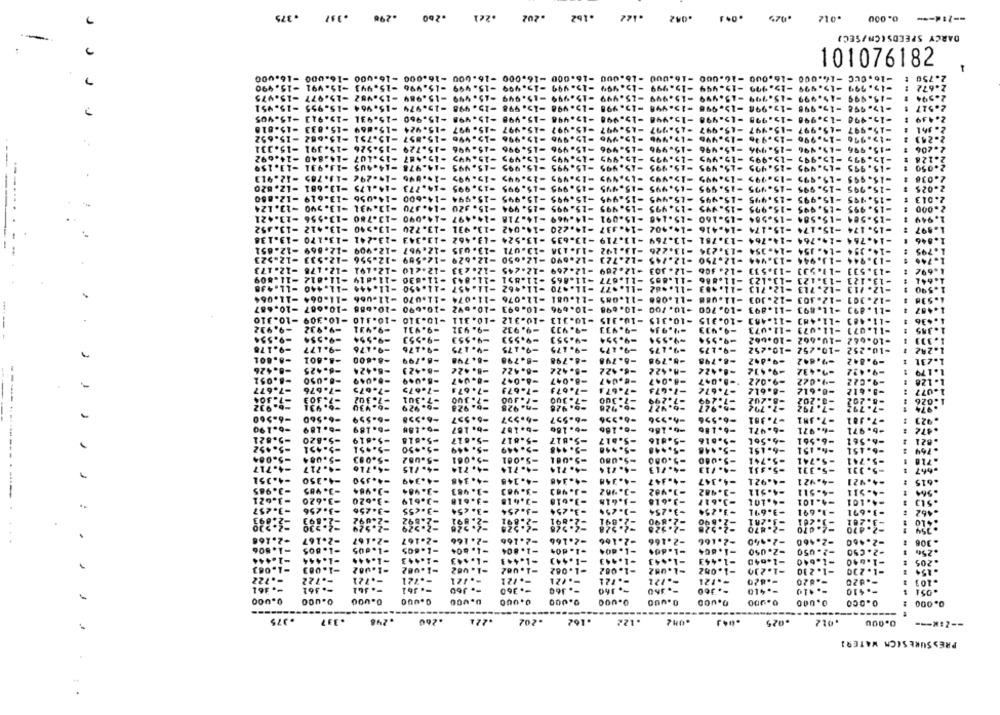
.375
-296
.260
.2e1
.202
.162
.042 .122
.044
.929
-- 2:4 -- 0.000 .012
DARCY SPEEDS(CH/SEC)
101076182
-16.000
16.4
16.000
.000
GOU
16.000
-16.0CC -16.000 -16.000
2.750
-15.490
-15.999 -15.999 -15.199
2.672
-15.975
-15.999 -15.999 -15.199
2.594
-15.951
-19.998 -19-998 -19.998
2.517 1
-15.905
960
19.990 -15.990 -15.978
2.439 :
-15.8
-15.997 -15.997 -15-997
1 -15.6
-15.976 -19.996 -15.996
2.243 1
-15.996 -15.996 -15.996
2.206
-19.975 -15.999 -15-99:
2.126 1
-15.495
-15.995 -15.995
2.050 :
-12.913
-19.292 -13.785
-19.995 -19.99>
-15.995 -15.495 -19.999
15.995 -19.995
-15.795
-15.995 -15.995
2.036
4.175 -13-681
-12. 820
273
995
-15.995 -1
-15 995 -15.995
-15.995
5. 995
-15.995
-15.995 -15.995 -1
-15.995 -15.995
2.025
4.056 -13-619 -12-880
4-600
1944
-15.995 -1
5.995
-15.995
.995
-15.995
-15.995
2.013
-13.124
14.370 -13.431 -13.590
. 120
995
-15.995
5.995 -15.995 -15.995 -15.995 -15.995 -15.995 -15.995 -15.994 -1
-15.995 -15.995
2.000
-13.780 -13-556 -13-421
.091
-15.140 -15.091 -14.969 -14.718 -14.497 -14.090
-15-584
-15-584 -15-584
-15-584 -15.584 -15-584 -15-160
1.949
-13.412 -13.452
-13.940
-13.720
-14. 337 -1
-15.174
-15. 174 -15-174
-897
14.764 -14.764 -14.764 -13.781 -13.769 -13.719 -13-635 -13.524 -13.462 -13.343 -13.241 -13.170 -13.138
-14.764 -14.764 -14-764
.846
-12.909 -12.869 -12-651
-13.035 -12.967
-13.192 -1J-138 -13.071
-14. 354 -14. 154 -14-354 -13.234 -13.226
-12.629 -12-589 -12-556 -12-533 -12-523
-12.723 -12-690 -12.650
=1).944 -13.944 -13.944 -12.750 -12.745
1.746
-12.233 -12-210 -12.191 -12- 178 -12-173
-12-245
-12.209 -12-269
-13.533 -13.53] -13.533 -12. 406 -12.303
1-692
-11.012
-11-614
-11.043 -11-630
-11-851
-11.677 -11-865
-11.805
-11.123 -11.886
-13.123
-13.123
-11.444 -11.440 -11-430
-11.450
-11.462 -11-457
⑉11,483 -11.982 -11.977 -1L .* 70
=12. /13 -12. 713 -12.713
-11-064 -11-064
-11-u66
-11.074 -11.070
-12.076
-12.303 -11.088
-12.303
-10-667 -10.687
-10.686
-10.690
-10.200 -10.698 -10.696 -10.693 -10.692
-11.893 -11.893 -10. 700
-11.
-10.310
-10.309
-10.410
-10.311 ~10.310
-10-312
-10-315 -10.313
-10.315
-10.315
-11-483
-11.48]
-9.932
-V.932
-9.431
-9.931
-9.931
-9.932
-9. 911
-9.933
-9.413
-11.073 -11.073
-11-071
-9.554
-9.554
-9-554
-9.553
-9-553
-9.553
-4-553
-9.554
-9-554
=9-554
-10.662 -10.062
-10-662
-9.178
-9-177
-9.176
-9.176
-9. 175
-9-175
-9.175
-9.175
-9.175
-9-175
-10.252 -10.252
-10.252
242
-8.801
-8.600
-8.798
-8.799
-8.798
-8.798
-6.798
-h.798
-8.798
-9.642
-9.842
.231
-0.426
-6-425
-6.424
-8.423
-8.42€
-8.422
-5.422
-6.422
-A- 422
-9.412
-9.432
-9.422
.1 79
-8.051
-8-050
-9.049
-8.047
-6.047
-4 .047
.- B.0,7
-9.022
-91.022
-9.022
L. 128
-7.677
-7.676
-7.675
-7.675
=7.671
=7-673
-7.673
-7.671
-7.673
-7.672
-8.612
-0.612
-9- 612
-7.304
-7.303
-7.302
-7.301
-7. 100
=7.300
-7.300
-7.300
=7.299
-7.199
-8.202
-3.202
-8. 202
1.026
-6.431
-6.430
-0.929
-b. 928
-h. 928
-6.926
-6.427
-5.927
-7.792
-7.792
-7.792
.974
-6-560
=6.560
-6-559
-6.558
-6-557
-5-597
-6-557
-6.556
-7.381
-7.581
-7. 101
.923 1
-b-190
-b- 189
-6.189
-6.18H
-b. 187
-b+187
-6.180
-6. 186
-6.156
-6.186
-6.471
-4.971
-b. 971
.472
-5.821
-5.820
-5-619
-5-615
-5.817
-5.817
-5.817
=5.817
-5.016
-5.816
-4.56₺
-6.561
-6.561
. 02 1
-5-452
-5-451
-5.451
=5 .* 50
-5. 949
-5.449
-5.448
-5.448
-5.448
-5.+48
-6-151
-*- 151
-b-151
. 764
-5.084
-5.003
-5.U82
-5-061
-5.001
-5.001
-5.080
-5.000
-5.080
-5-741
-5.741
-5.741
-4.717
-4.717
-4.716
-4. 715
-4.714
-4.714
-4. 714
-4. 714
-4.713
-4. 733
-5.331
-5.371
-5. 331
.667
-4.351
-4.350
-4.350
-4.349
-4.348
-4.345
-4-348
-4.348
-4-347
-615
-4.347
-4.921
-4.921
-4.921
-3.985
-3.985
-3.484
-3.983
=3.983
-1.992
-3.482
-4.511
-4-511
-4-511
.964
-3.621
-3.620
-3.620
-3.619
-3.618
-3.618
-3.618
-1.618
-3.618
-3.617
-4.101
-4.101
=4.101
-3-257
-3.256
.462 :
-3.256
-3.455
-3- 454
-3-254
3.254
-1.294
+3.254
-3.254
-3.691
-1. 691
-3-671
-2. 893
-2-092
-2.597
-2.891
-2.891
-2.891
-2.891
-2.890
-2.890
-3.281
-3.201
2.230
-2.529
-2.929
-2.526
-2.529
~2.470
-2.470
-2.166
-2.167
-2.167
-2.167
-2.166
-2.166
-2.166
-2.166
-2.166
-2-140
-2.460
-2.460
.308
.
-1.806
-1.805
-1.605
-1. 604
991.7-
-1.804
-1. 604
-1. 804
-1.804
-1.804
-2.050
-2.050
-2.C50
.250
-1.444
-1.444
-1.444
-1.443
-1.443
-1.443
-1.44)
-1.443
-1.443
-1.443
-1-040
-1.640
-1.640
.205
-1-063
-1.083
-1.082
-L. V62
-1.002
-1.062
-1.062
-L.052
-1.082
-1.230
-1.230
-1 . 230
-. 722
-. 722
-. 721
-. 721
-. 121
-. /21
-. /21
-. 121
-. 121
-- 121
-. 820
-. 820
-. 820
.103
-. 161
-. 361
-- J60
-. 360
-. 360
-. 360
-. 360
-. 410
-. 410
-- $10
0.000
0.000
0.000
0.000
0.000
0.000
0.000
0.000
0.000
0.000
0.900
0.000
0.000
------
----
.375
.337
.248
.260
.224
.202
.162
.122
.025
.022
0.000
-- Z :*---
PRESSURESICH WATER